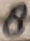
Text: 8